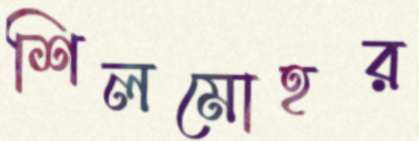
শিলমোহর